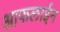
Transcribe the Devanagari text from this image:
आफलाईन